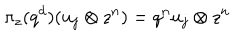
\pi _ { z } ( q ^ { d } ) ( u _ { j } \otimes z ^ { n } ) = q ^ { n } u _ { j } \otimes z ^ { n }